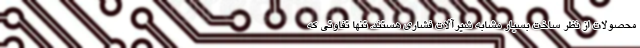
محصولات از نظر ساخت بسیار مشابه شیرآلات فشاری هستند. تنها تفاوتی که